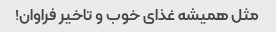
مثل همیشه غذای خوب و تاخیر فراوان!